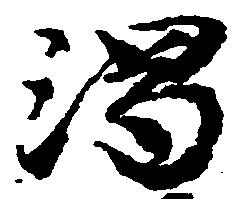
濁